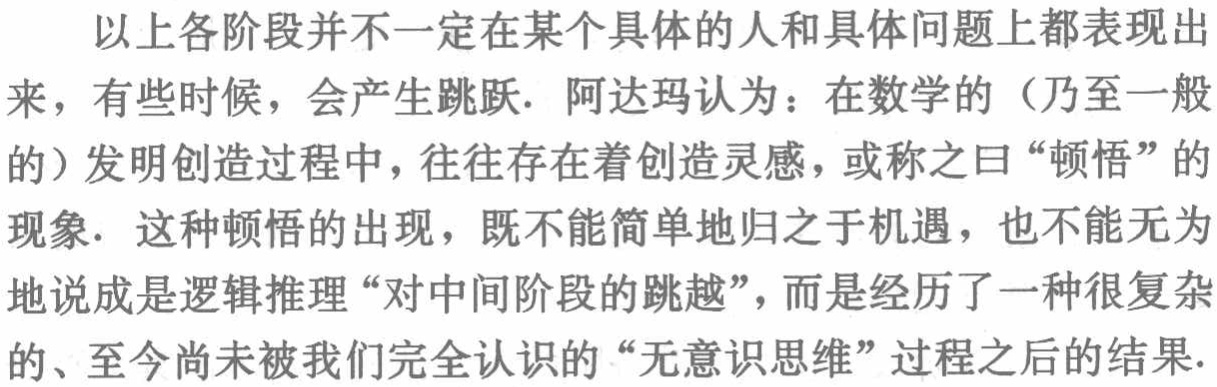
以上各阶段并不一定在某个具体的人和具体问题上都表现出

来，有些时候，会产生跳跃. 阿达玛认为：在数学的（乃至一般

的）发明创造过程中，往往存在着创造灵感，或称之曰“顿悟”的

现象. 这种顿悟的出现，既不能简单地归之于机遇，也不能无为

地说成是逻辑推理“对中间阶段的跳越”，而是经历了一种很复杂

的、至今尚未被我们完全认识的“无意识思维”过程之后的结果.